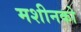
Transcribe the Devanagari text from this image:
मशीनको